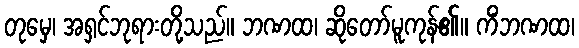
တုမှေ၊ အရှင်ဘုရားတို့သည်။ ဘဏထ၊ ဆိုတော်မူကုန်၏။ ကိံဘဏထ၊